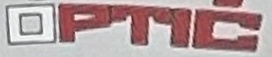
OPTIC